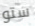
ستو